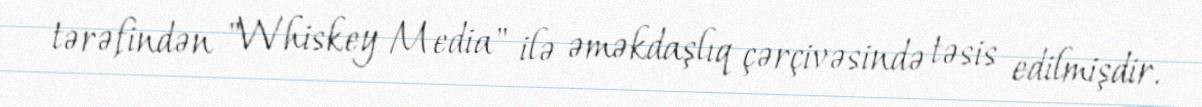
tərəfindən "Whiskey Media" ilə əməkdaşlıq çərçivəsində təsis edilmişdir.